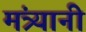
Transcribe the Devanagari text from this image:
मंत्र्यानी